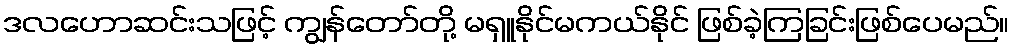
ဒလဟောဆင်းသဖြင့် ကျွန်တော်တို့ မရှူနိုင်မကယ်နိုင် ဖြစ်ခဲ့ကြခြင်းဖြစ်ပေမည်။